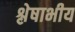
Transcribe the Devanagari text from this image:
श्लेषाभीय